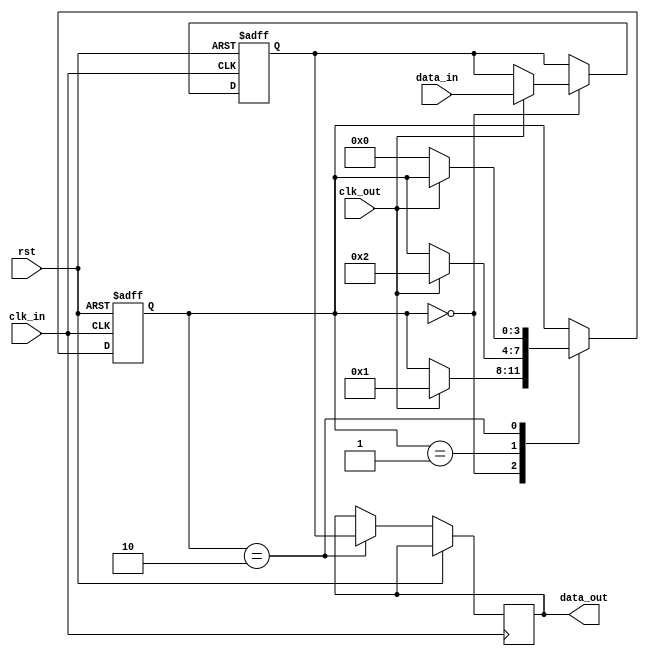
module BurstSynchronizer (
    input wire clk_in,
    input wire clk_out,
    input wire rst,
    input wire [7:0] data_in,
    output reg [7:0] data_out
);

reg [7:0] sync_data;
reg [3:0] state;

always @(posedge clk_in or posedge rst) begin
    if (rst) begin
        state <= 4'b0000;
        sync_data <= 8'b0;
    end else begin
        case (state)
            4'b0000: begin // Idle state
                if (clk_out) begin
                    state <= 4'b0001; // Transition to capture state
                    sync_data <= data_in;
                end
            end
            4'b0001: begin // Capture state
                if (clk_out) begin
                    state <= 4'b0010; // Transition to release state
                end
            end
            4'b0010: begin // Release state
                data_out <= sync_data;
                if (!clk_out) begin
                    state <= 4'b0000; // Transition back to idle state
                end
            end
        endcase
    end
end

endmodule